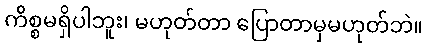
ကိစ္စမရှိပါဘူး၊ မဟုတ်တာ ပြောတာမှမဟုတ်ဘဲ။